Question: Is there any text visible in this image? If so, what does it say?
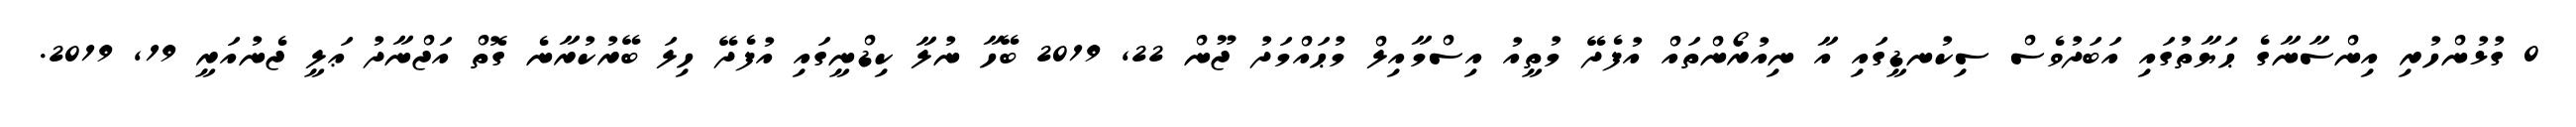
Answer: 0 ގުޅުންހުރި އިންސާނާގެ ޙަޔާތުގައި އަބަދުވެސް ސިކުނޑީގައި އާ ނިއުރޯންތައް އުފެދޭ މުތީއު އިސްމާއިލް މުޙައްމަދު ޖޫން 22, 2019 ބޭހާ ނުލާ ކިޑްނީގައި އުފެދޭ ހިލަ ބޭރުކުރާނެ ގޮތް އަޖްނާދު ޢަލީ ޖެނުއަރީ 19, 2019.